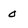
Character: 0